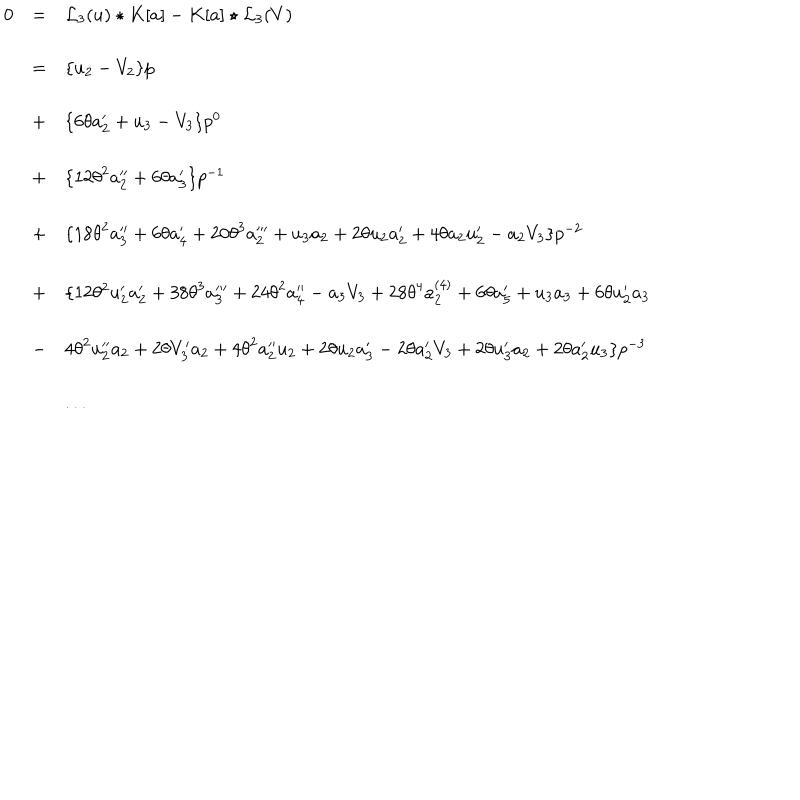
LaTeX: \begin{array} { l c l } { { 0 } } & { { = } } & { { { { \mathcal L } _ { 3 } } ( u ) \star K [ a ] - K [ a ] \star { { \mathcal L } _ { 3 } } ( V ) } } \\ { { } } & { { = } } & { { \{ u _ { 2 } - V _ { 2 } \} p } } \\ { { } } & { { + } } & { { \{ 6 \theta a _ { 2 } ^ { \prime } + u _ { 3 } - V _ { 3 } \} p ^ { 0 } } } \\ { { } } & { { + } } & { { \{ 1 2 { \theta } ^ { 2 } a _ { 2 } ^ { \prime \prime } + 6 \theta a _ { 3 } ^ { \prime } \} p ^ { - 1 } } } \\ { { } } & { { + } } & { { \{ 1 8 { \theta } ^ { 2 } a _ { 3 } ^ { \prime \prime } + 6 \theta a _ { 4 } ^ { \prime } + 2 0 { \theta } ^ { 3 } a _ { 2 } ^ { \prime \prime \prime } + u _ { 3 } a _ { 2 } + 2 \theta u _ { 2 } a _ { 2 } ^ { \prime } + 4 \theta a _ { 2 } u _ { 2 } ^ { \prime } - a _ { 2 } V _ { 3 } \} p ^ { - 2 } } } \\ { { } } & { { + } } & { { \{ 1 2 \theta ^ { 2 } u _ { { 2 } } ^ { \prime } a _ { { 2 } } ^ { \prime } + 3 8 { \theta } ^ { 3 } a _ { 3 } ^ { \prime \prime \prime } + 2 4 { \theta } ^ { 2 } a _ { 4 } ^ { \prime \prime } - a _ { 3 } V _ { 3 } + 2 8 { \theta } ^ { 4 } a _ { 2 } ^ { ( 4 ) } + 6 { \theta } a _ { 5 } ^ { \prime } + u _ { 3 } a _ { 3 } + 6 { \theta } u _ { 2 } ^ { \prime } a _ { 3 } } } \\ { { } } & { { - } } & { { 4 { \theta } ^ { 2 } u _ { 2 } ^ { \prime \prime } a _ { 2 } + 2 { \theta } V _ { 3 } ^ { \prime } a _ { 2 } + 4 { \theta } ^ { 2 } a _ { 2 } ^ { \prime \prime } u _ { 2 } + 2 { \theta } u _ { 2 } a _ { 3 } ^ { \prime } - 2 { \theta } a _ { 2 } ^ { \prime } V _ { 3 } + 2 { \theta } u _ { 3 } ^ { \prime } a _ { 2 } + 2 { \theta } a _ { 2 } ^ { \prime } u _ { 3 } \} p ^ { - 3 } } } \\ { { } } & { { } } & { { . . . } } \\ \end{array}